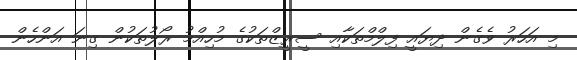
މި އަހަރު ވެގެން ދިޔައީ ފިލްމްތަކާއި ސީރީޒްތަކުގެ މުހިއްމު ރޯލުތަކުން ގިނަ އަންހެން